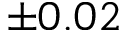
\pm 0 . 0 2